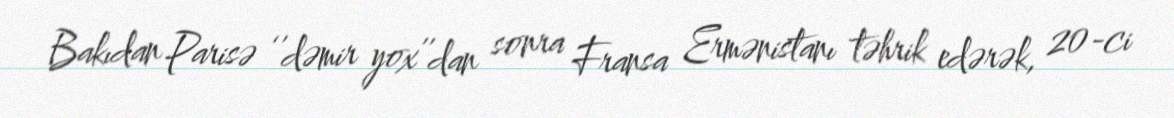
Bakıdan Parisə ‘’dəmir yox’’dan sonra Fransa Ermənistanı təhrik edərək, 20-ci